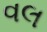
વલ